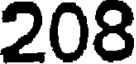
208